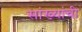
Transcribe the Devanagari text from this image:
सांख्यांची